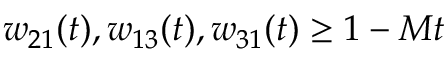
w _ { 2 1 } ( t ) , w _ { 1 3 } ( t ) , w _ { 3 1 } ( t ) \geq 1 - M t